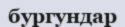
бургундар